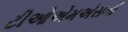
ટીઓએમએસની